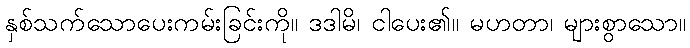
နှစ်သက်သောပေးကမ်းခြင်းကို။ ဒဒါမိ၊ ငါပေး၏။ မဟတာ၊ များစွာသော။